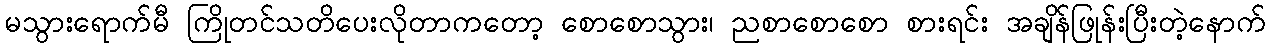
မသွားရောက်မီ ကြိုတင်သတိပေးလိုတာကတော့ စောစောသွား၊ ညစာစောစော စားရင်း အချိန်ဖြုန်းပြီးတဲ့နောက်